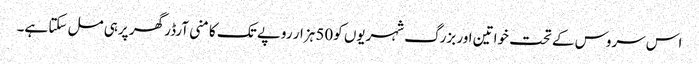
اس سروس کے تحت خواتین اور بزرگ شہریوں کو50 ہزار روپے تک کا منی آرڈر گھر پرہی مل سکتا ہے۔